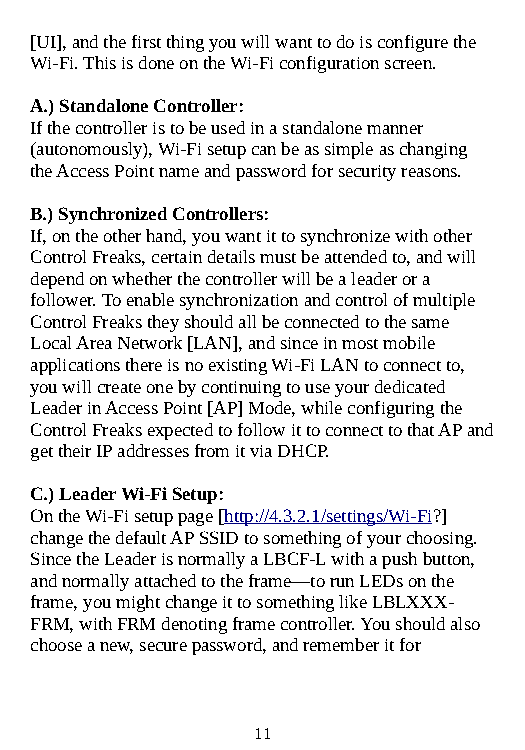
[UI], and the first thing you will want to do is configure the
 Wi-Fi. This is done on the Wi-Fi configuration screen.
 A.) Standalone Controller:
 If the controller is to be used in a standalone manner
 (autonomously), Wi-Fi setup can be as simple as changing
 the Access Point name and password for security reasons.
 B.) Synchronized Controllers:
 If, on the other hand, you want it to synchronize with other
 Control Freaks, certain details must be attended to, and will
 depend on whether the controller will be a leader or a
 follower. To enable synchronization and control of multiple
 Control Freaks they should all be connected to the same
 Local Area Network [LAN], and since in most mobile
 applications there is no existing Wi-Fi LAN to connect to,
 you will create one by continuing to use your dedicated
 Leader in Access Point [AP] Mode, while configuring the
 Control Freaks expected to follow it to connect to that AP and
 get their IP addresses from it via DHCP.
 C.) Leader Wi-Fi Setup:
 On the Wi-Fi setup page [http://4.3.2.1/settings/Wi-Fi?]
 change the default AP SSID to something of your choosing.
 Since the Leader is normally a LBCF-L with a push button,
 and normally attached to the frame—to run LEDs on the
 frame, you might change it to something like LBLXXX-
 FRM, with FRM denoting frame controller. You should also
 choose a new, secure password, and remember it for
 11